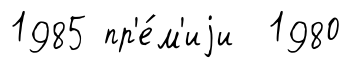
1985 пр'е́м'иjи 1980